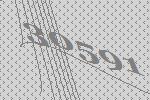
30591